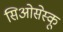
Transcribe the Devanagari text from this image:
सिओसेस्कू